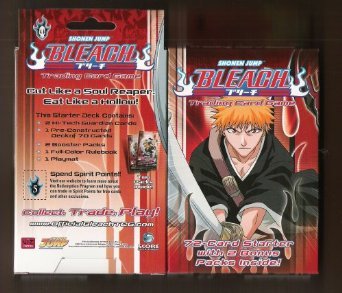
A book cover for Bleach TCG Premiere Edition Starter Deck; Science Fiction & Fantasy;